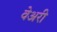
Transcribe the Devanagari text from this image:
वेअरी